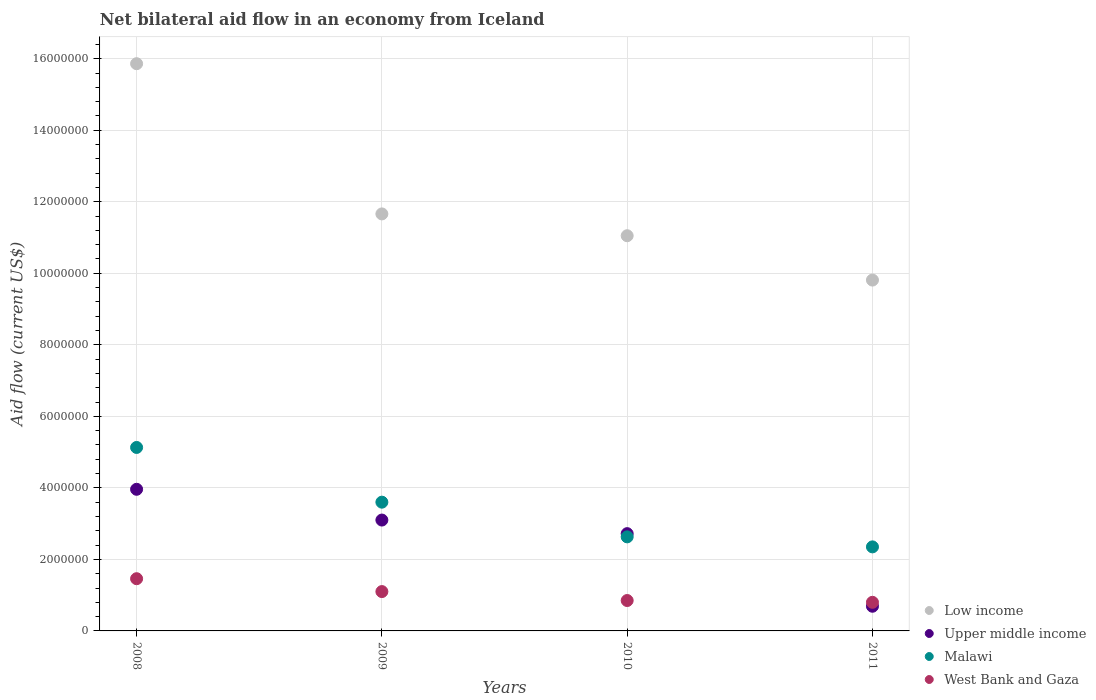
| Years | Low income | Upper middle income | Malawi | West Bank and Gaza |
 | --- | --- | --- | --- | --- |
 | 2008 | 1.59e+07 | 3.96e+06 | 5.13e+06 | 1.46e+06 |
 | 2009 | 1.17e+07 | 3.1e+06 | 3.6e+06 | 1.1e+06 |
 | 2010 | 1.10e+07 | 2.72e+06 | 2.63e+06 | 8.5e+05 |
 | 2011 | 9.81e+06 | 6.9e+05 | 2.35e+06 | 8e+05 |